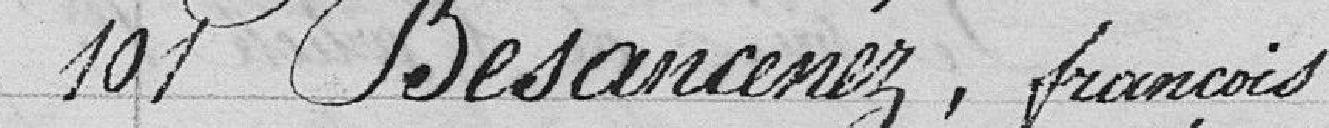
101 Besancenez, François